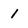
Character: 1